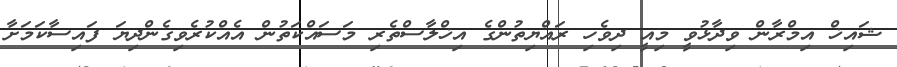
ޝައިޚް އިމްރާން ވިދާޅުވީ މިއީ ދިވެހި ރައްޔިތުންގެ އިޚްލާސްތެރި މަސައްކަތުން އެއްކުރެވިގެންދިޔަ ފައިސާކަމަށާ